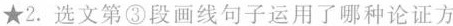
★2.选文第③段画线句子运用了哪种论证方